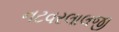
નટવરલાલજી